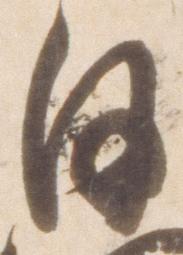
日